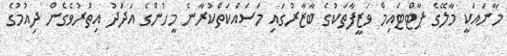
މާނައަކީ މާލޭގެ ޕާޓްޓައިމް ވަޒީފާތަކުގެ ބާޒާރުގައި މަސައްކަތްކުރާނެ މީހުންގެ އަދަދު އިތުރުވެގެން ދިއުމުގެ